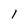
Character: 1